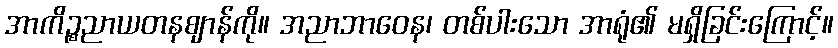
အာကိဉ္စညာယတနဈာန်ကို။ အညာဘာဝေန၊ တစ်ပါးသော အာရုံ၏ မရှိခြင်းကြောင့်။